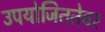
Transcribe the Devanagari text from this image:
उपयोजिततेवर